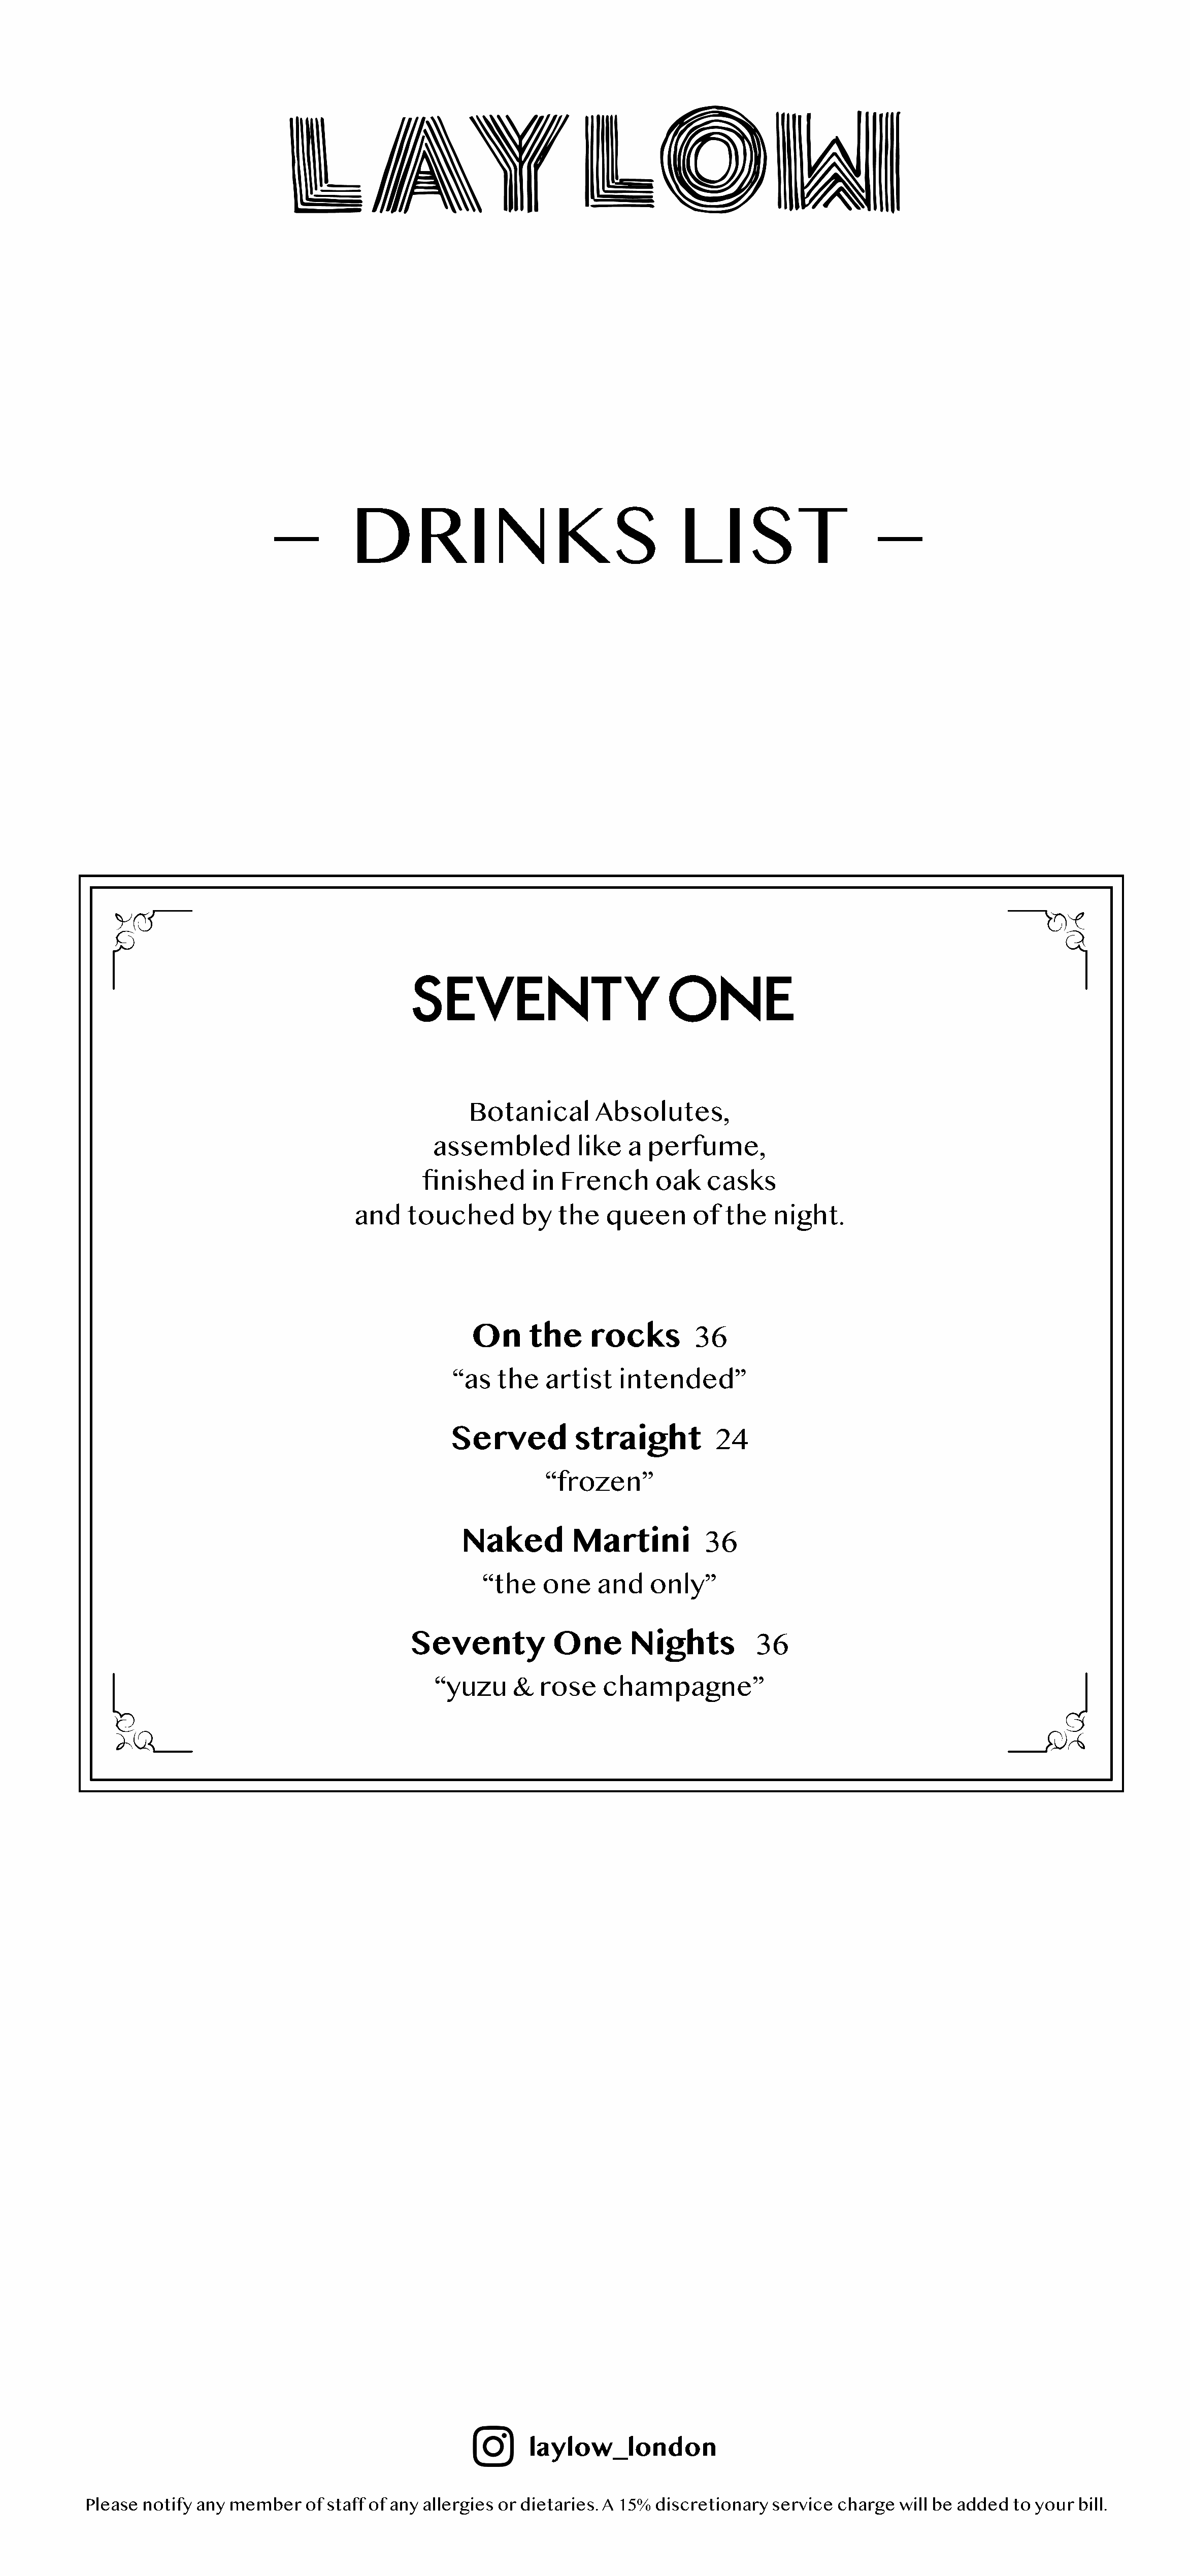
DRINKS                                    LIST
 Botanical        Absolutes,
 assembled          like   a perfume,
 finished      in  French      oak    casks
 and    touched        by   the   queen      of  the    night.
 On      the     rocks        36
 ‘‘as  the   artist    intended’’
 Served          straight          24
 ‘‘frozen’’
 Naked         Martini           36
 ‘‘the   one    and    only’’
 Seventy            One       Nights          36
 ‘‘yuzu    &  rose     champagne’’
 laylow_london
 Please  notify any member    of staff of any allergies or dietaries. A 15% discretionary  service charge  will be added  to your  bill.